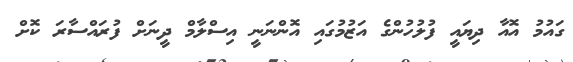
ގައުމު އޮއާ ދިޔައީ ފުލުހުންގެ އަޒުމުގައި އޮންނަނީ އިސްލާމް ދީނަށް ފުރައްސާރަ ކޮށް